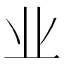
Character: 业